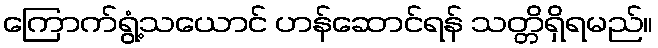
ကြောက်ရွံ့သယောင် ဟန်ဆောင်ရန် သတ္တိရှိရမည်။